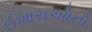
ઈશારાઓનો